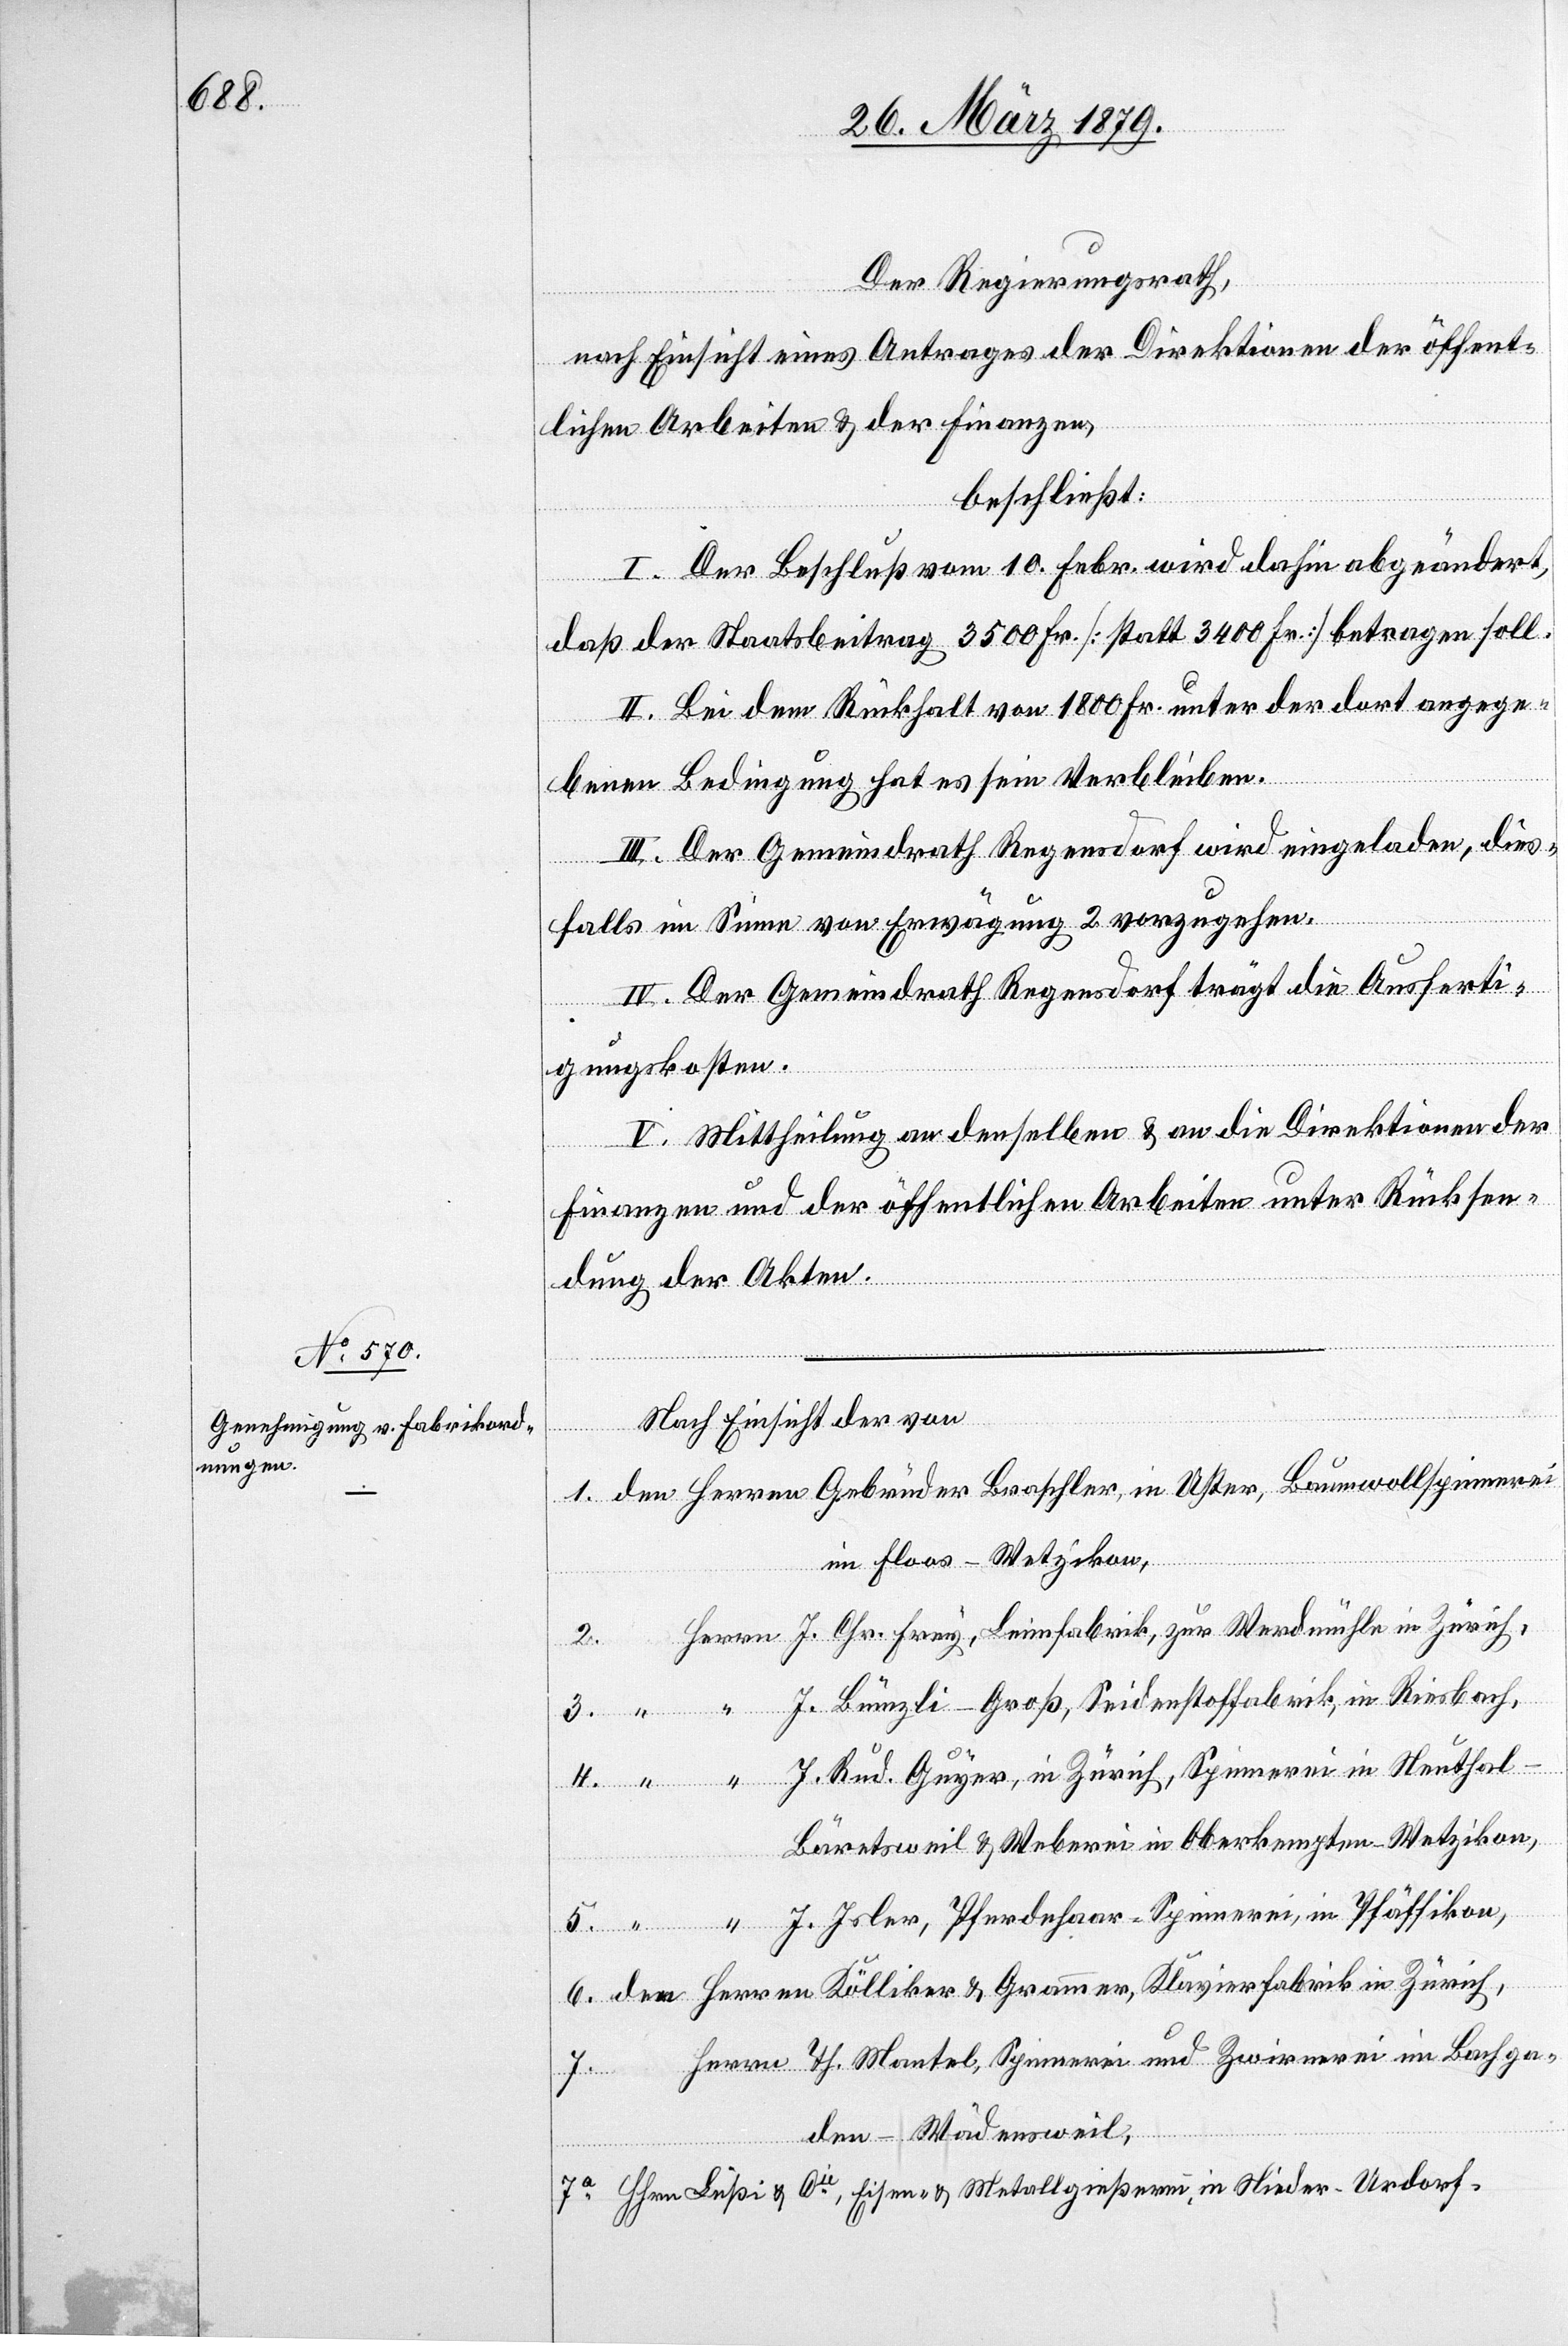
6.

Der Regierungsrath,
nach Einsicht eines Antrages der Direktionen der öffent¬
lichen Arbeiten & der Finanzen,
beschließt:
I. Der Beschluß vom 10. Febr. wird dahin abgeändert,
daß der Staatsbeitrag 3500 Fr. [statt 3400 Fr.] betragen soll.
II. Bei dem Rückhalt von 1800 Fr. unter der dort angege¬
in
benen Bedingung hat es sein Verbleiben.
III. Der Gemeindrath Regensdorf wird eingeladen, dies¬
falls im Sinne von Erwägung 2 vorzugehen.
IV. Der Gemeindrath Regensdorf trägt die Ausferti¬
“
gungskosten.
V. Mittheilung an denselben & an die Direktionen der
Finanzen und der öffentlichen Arbeiten unter Rücksen¬
dung der Akten.
Nach Einsicht der von
im Floos - Wetzikon,
2.
Bäretsweil & Weberei Oberkempten - Wetzikon,
7a.
Cie,
den - Wädensweil,